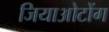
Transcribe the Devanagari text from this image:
जियाओटोंग